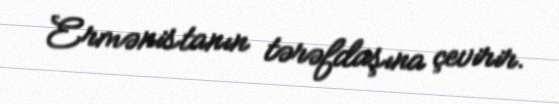
Ermənistanın tərəfdaşına çevirir.